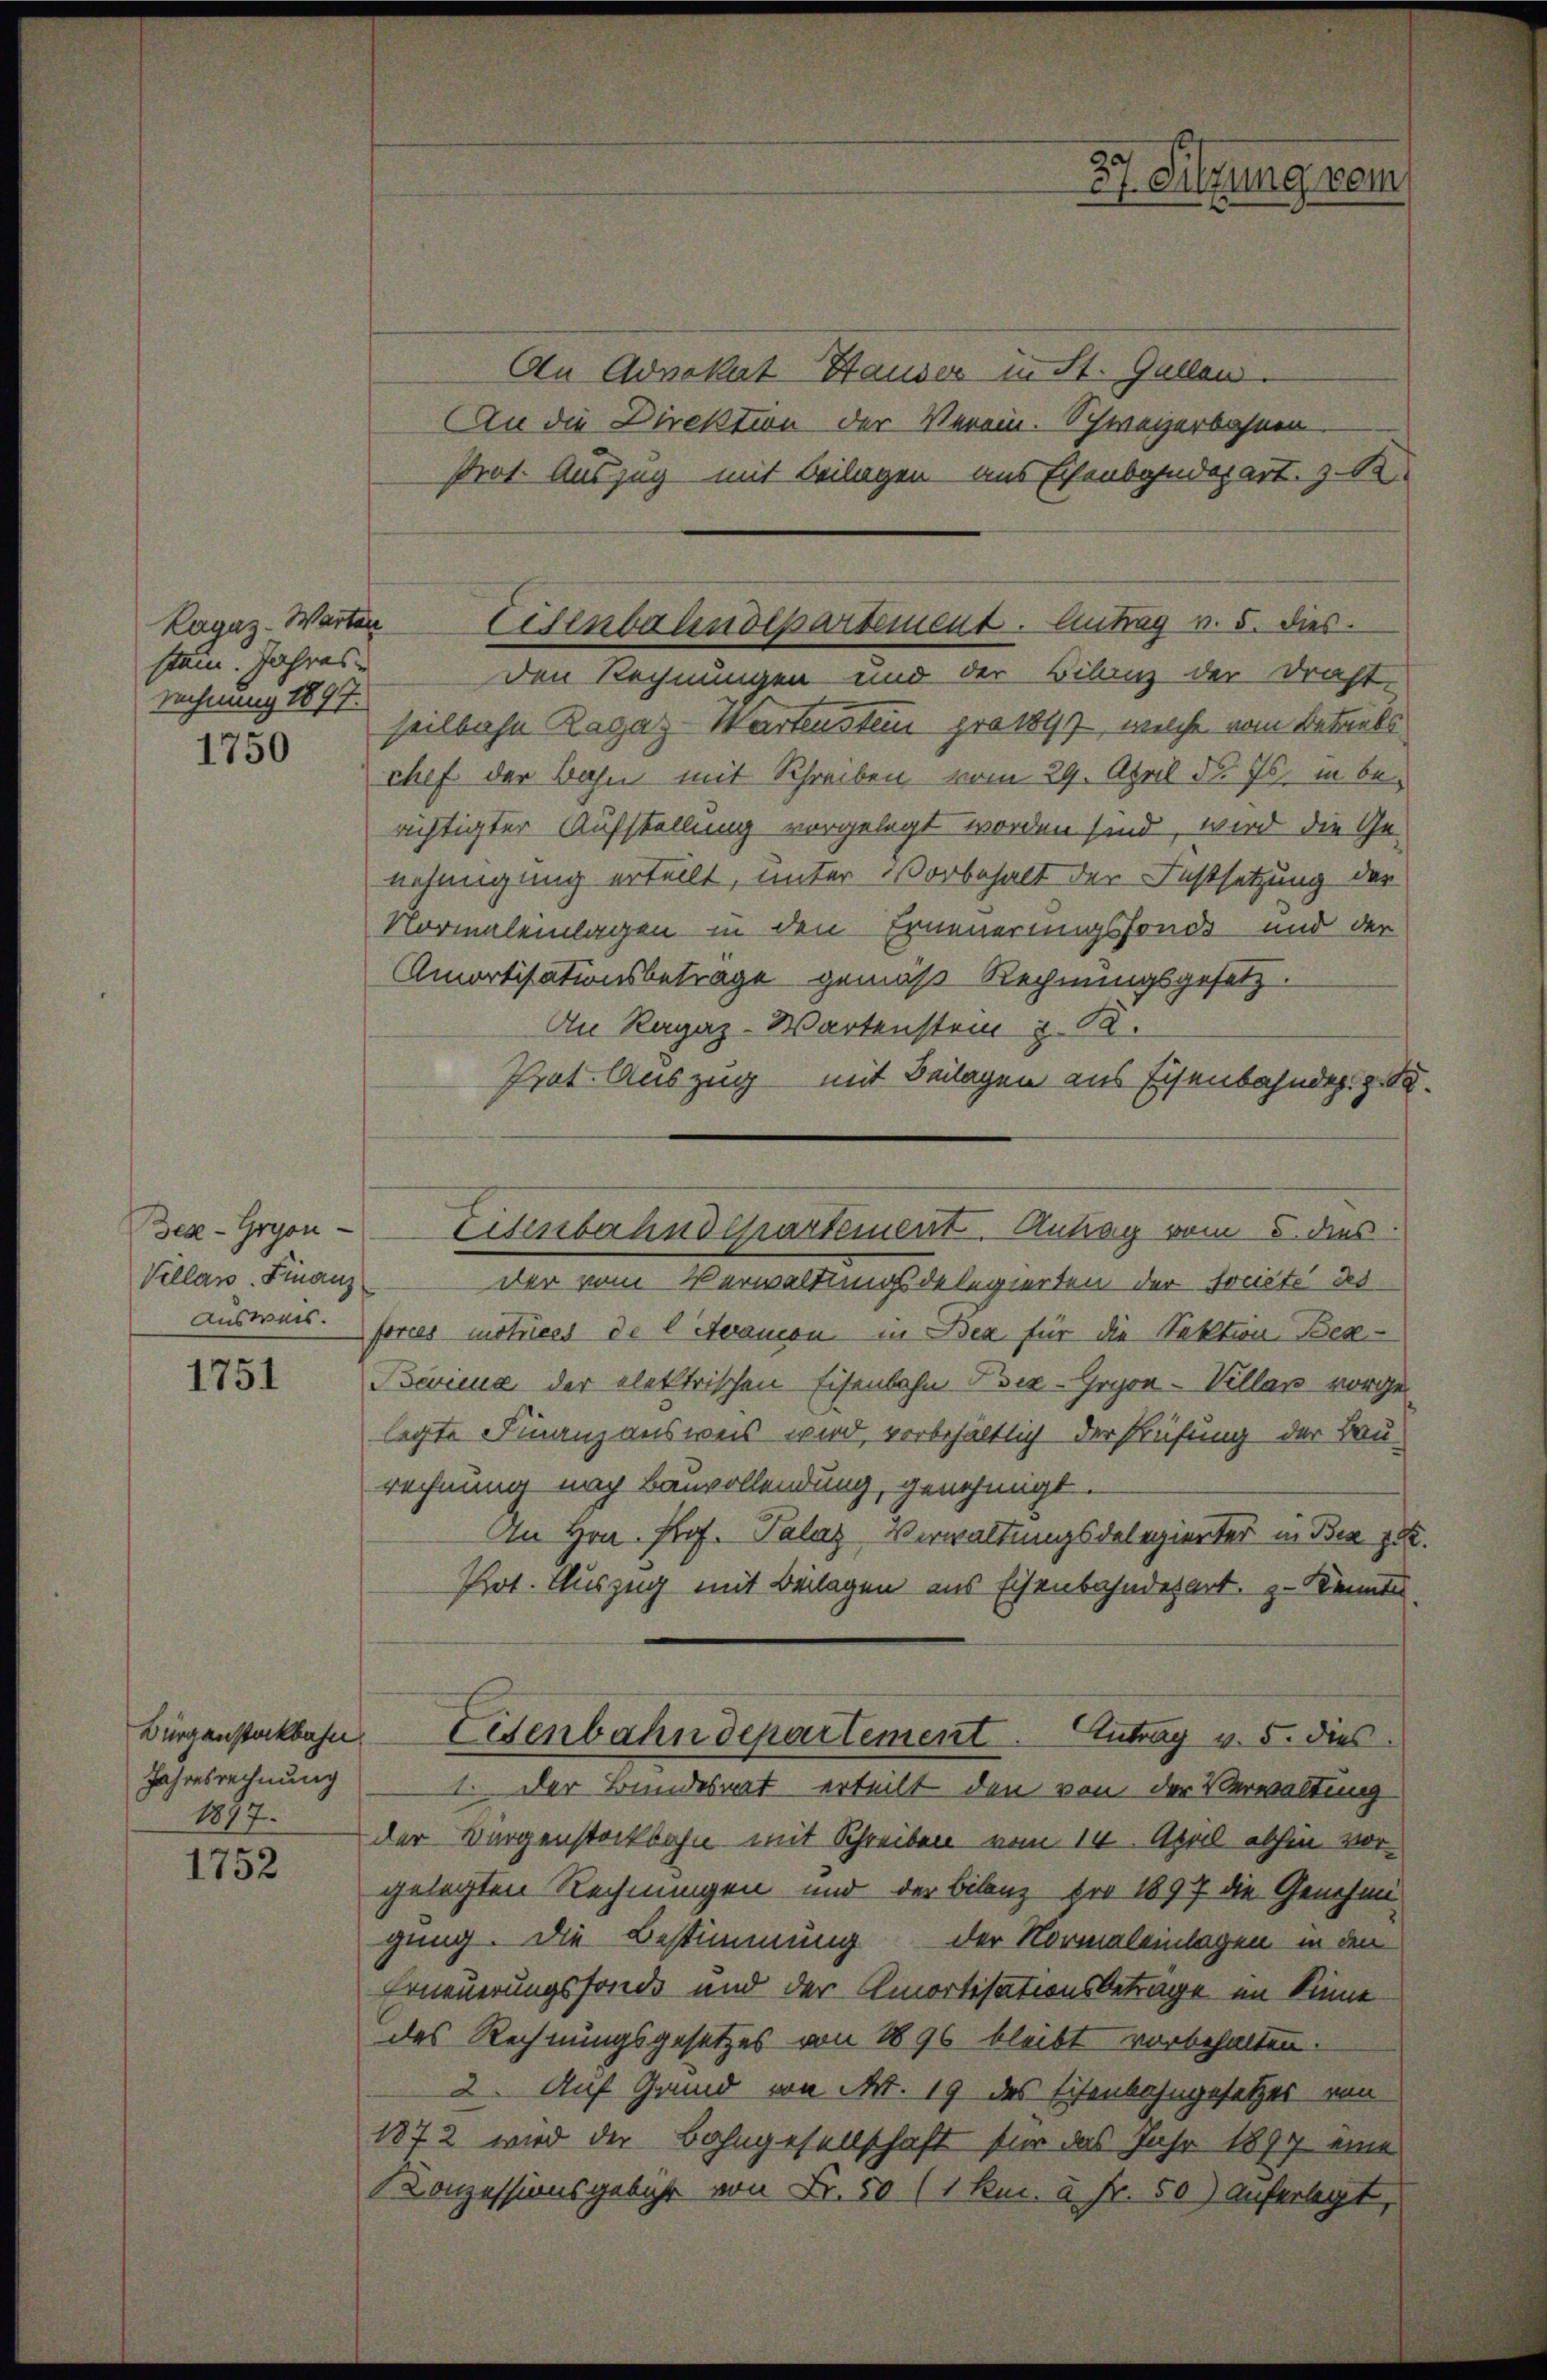
stam. Jahres-
Rechnung 1897.
1750

Bex-Gryon-
Villaw. Finanz

1751

Bürgenstockbahn
Jahresrechnung
1877.

1752

An Advokat Hauses in St. Gallen.
An die Direktion der Verein. Schweizerbahnen
Prot. Auszug mit Beilagen aus Eisenbahndepart. 31
den Rechnungen und der Bilanz der Draht,
teilbahn Ragaz-Wartensten prakt, welche vom Betrats
chef der Bahn mit Schreiben vom 29. April d. Js. in berchtigter Aufstellung vorgelegt worden sind, wird die Ge-
nehmigung erteilt, unter Vorbehalt der Festsetzung der
Normaleinlagen in den Erneuerungsfonds und der
Amortisationsbetrage gemäß Rechnungsgesetz.
An Ragaz-Wartenstein z. B.
Prot. Auszug mit Beilagen aus Eisenbahnder ge
der vom Verwaltungsdelegierten der Freiste des
ausweis. forces motices de l Samon in Bex für die Sektion Bez
Bevicus der elektrischen Eisenbahn Bez-Gryon-Villar vorge-
legte Finanzausweis wird, vorbehältlich der Prüfung der Bau-
rechnung nach Bauvollendung, genehmigt.
An Hrn. Prof. Palaz Verwaltungsdelegierter in Bex zu
Pot. Auszug mit Beilagen aus Eisenbahndesart. 3. Kennte.
Eisenbahndepartement. Antrag v. 5. dies
I. Der Bundesrat erteilt den von der Verwaltung
der Vorgenstockbahn mit Schreiben vom 14. April abhin vorgelegten Rechnungen und der Bilanz pro 1897 die Genehmigung. Die Bestimmung der Normaleinlagen in den
Erneuerungsfonde und der Amortisationsbetrage im Sinne
des Rechnungsgesetzes von 1896 bleibt vorbehalten.
2. Auf Grund von Art. 19 des Eisenbahngesetzes von
1872 wird der Bahngesellschaft für das Jahr 1899 eine
Konzessionsgebühr von Fr. 50 (1 kn. à Fr. 50) Auferlegt,

Ragaz-Warter Eisenbahndepartement. Antrag v. 5. dies

3). Sitzung vom

Eisenbahndepartement. Antrag vom 5. dies